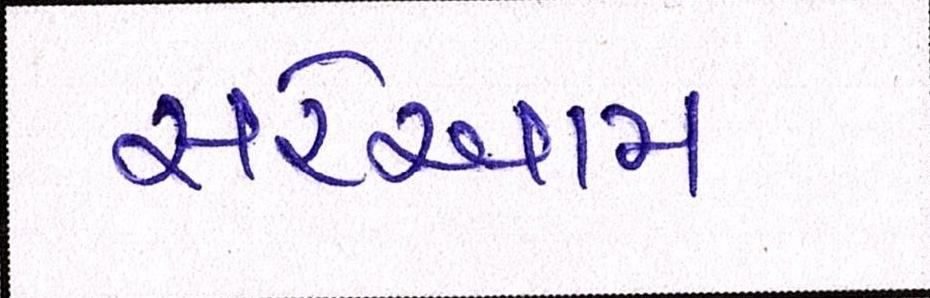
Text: સરેઆમ